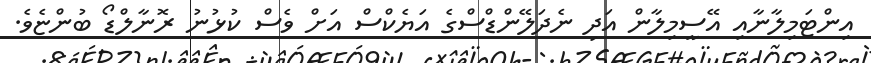
އިންޓަމިލާނާއި އޭސީމިލާން އަދި ނެދަލޭންޑްސްގެ އަޔެކްސް އަށް ވެސް ކުޅުނު ރޮނާލްޑޯ ބުންޏެވެ.